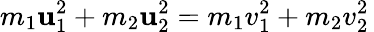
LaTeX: m_{1}\mathbf{u}_{1}^{2}+m_{2}\mathbf{u}_{2}^{2}=m_{1}v_{1}^{2}+m_{2}v_{2}^{2}\,